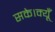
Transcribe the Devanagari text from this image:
सके।क्यूँ